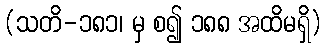
(သတိ-၁၈၁၊ မှ စ၍ ၁၈၈ အထိမရှိ)